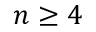
n \geq 4